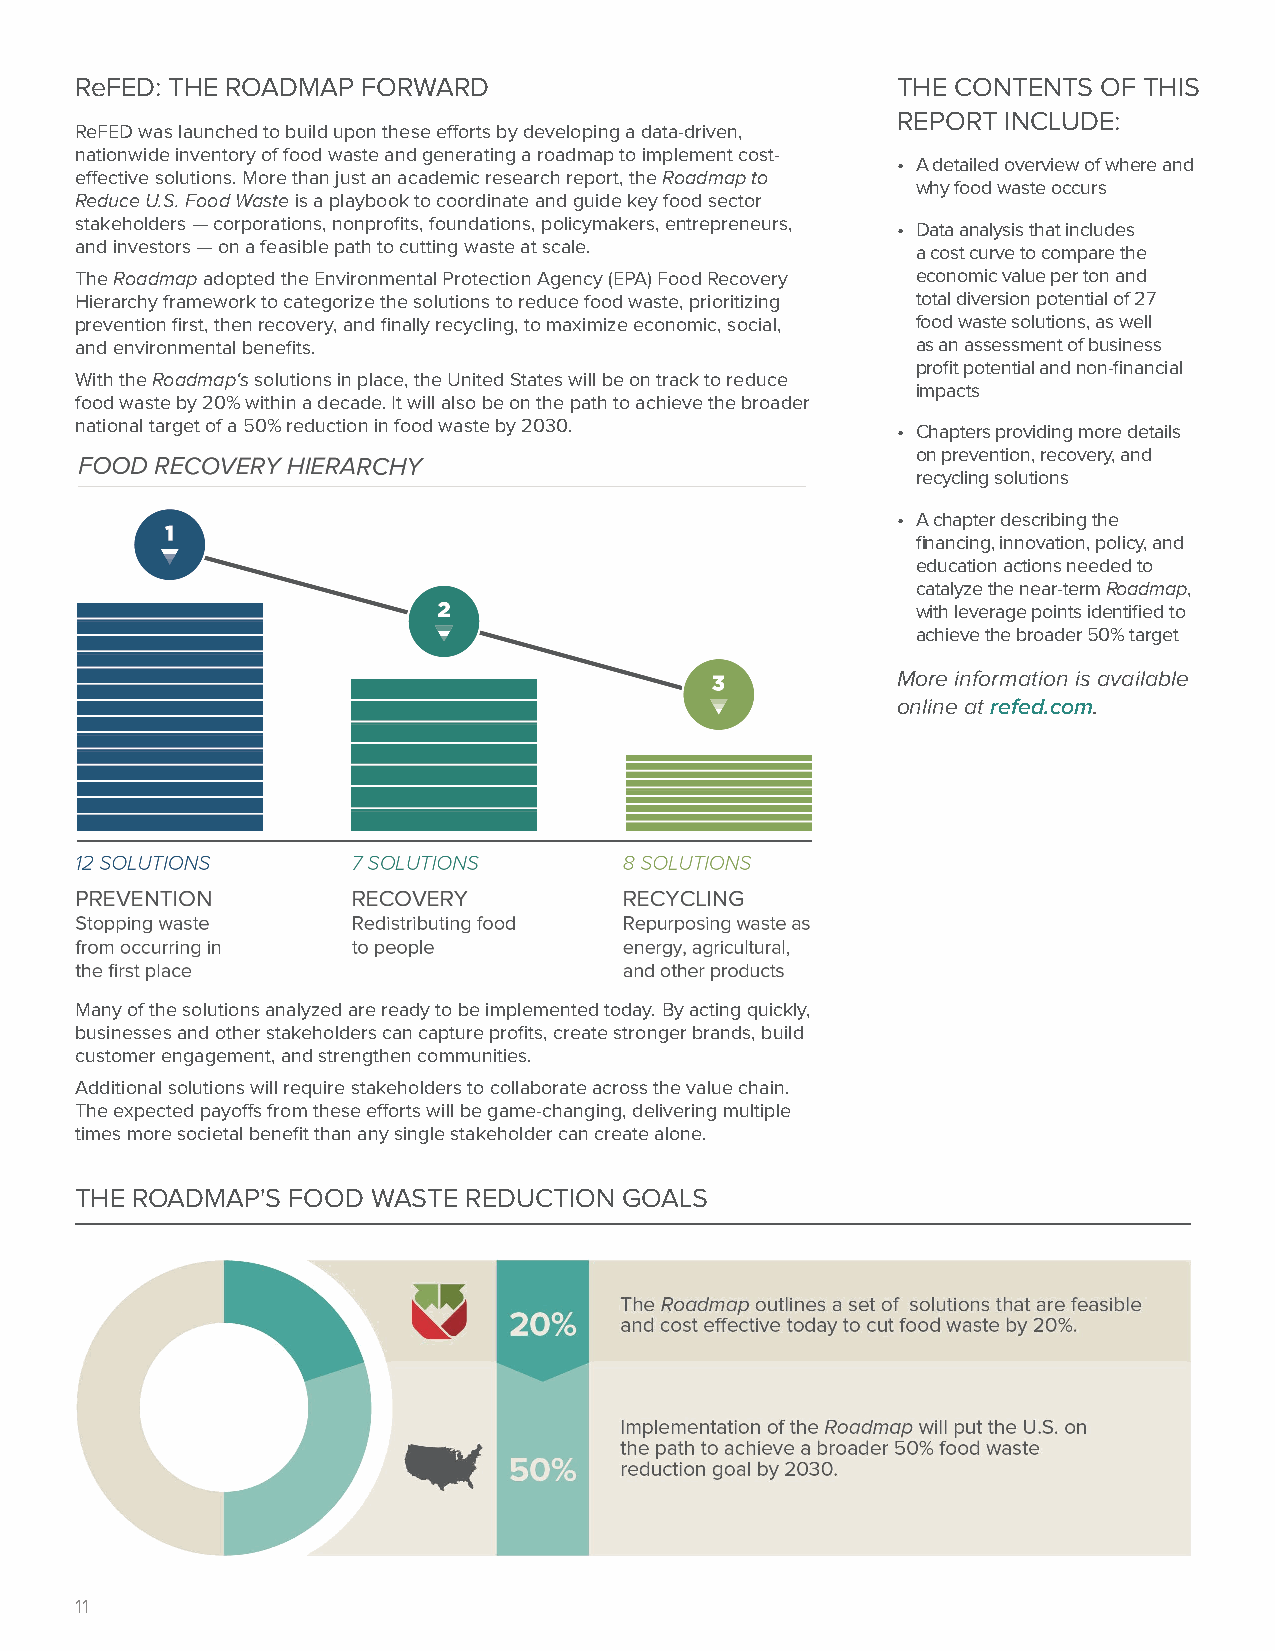
ReFED: THE ROADMAP FORWARD                            THE CONTENTS  OF THIS
 REPORT INCLUDE:
 ReFED was launched to build upon these efforts by developing a data-driven,
 nationwide inventory of food waste and generating a roadmap to implement cost-
 • A detailed overview of where and
 effective solutions. More than just an academic research report, the Roadmap to
 why food waste occurs
 Reduce U.S. Food Waste is a playbook to coordinate and guide key food sector
 stakeholders — corporations, nonprofits, foundations, policymakers, entrepreneurs, • Data analysis that includes
 and investors — on a feasible path to cutting waste at scale. a cost curve to compare the
 The Roadmap adopted the Environmental Protection Agency (EPA) Food Recovery economic value per ton and
 Hierarchy framework to categorize the solutions to reduce food waste, prioritizing total diversion potential of 27
 prevention first, then recovery, and finally recycling, to maximize economic, social, food waste solutions, as well
 and environmental benefits.                             as an assessment of business
 profit potential and non-financial
 With the Roadmap‘s solutions in place, the United States will be on track to reduce
 impacts
 food waste by 20% within a decade. It will also be on the path to achieve the broader
 national target of a 50% reduction in food waste by 2030. • Chapters providing more details
 on prevention, recovery, and
 recycling solutions
 • A chapter describing the
 financing, innovation, policy, and
 education actions needed to
 catalyze the near-term Roadmap,
 with leverage points identified to
 achieve the broader 50% target
 More information is available
 online at refed.com.
 Many of the solutions analyzed are ready to be implemented today. By acting quickly,
 businesses and other stakeholders can capture profits, create stronger brands, build
 customer engagement, and strengthen communities.
 Additional solutions will require stakeholders to collaborate across the value chain.
 The expected payoffs from these efforts will be game-changing, delivering multiple
 times more societal benefit than any single stakeholder can create alone.
 THE ROADMAP'S FOOD  WASTE REDUCTION GOALS
 11